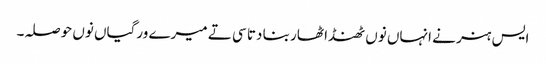
ایس ہنر نے انہاں نوں ٹھنڈا ٹھار بنا دتا سی تے میرے ورگیاں نوں حوصلہ۔